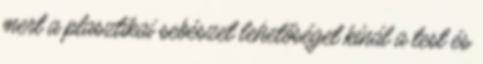
mert a plasztikai sebészet lehetőséget kínál a test és